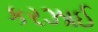
કરઝાઈ